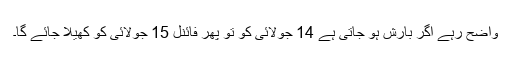
واضح رہے اگر بارش ہو جاتی ہے 14 جولائی کو تو پھر فائنل 15 جولائی کو کھیلا جائے گا۔